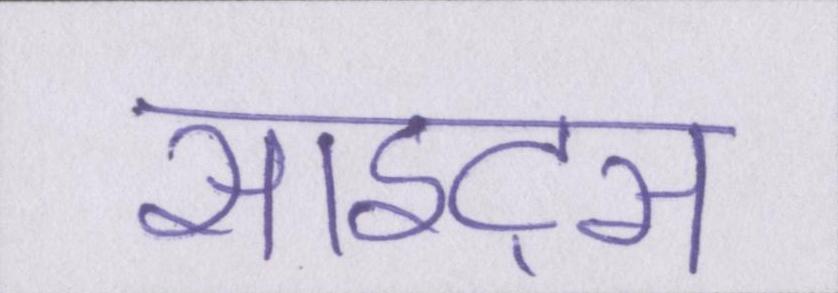
साइट्स